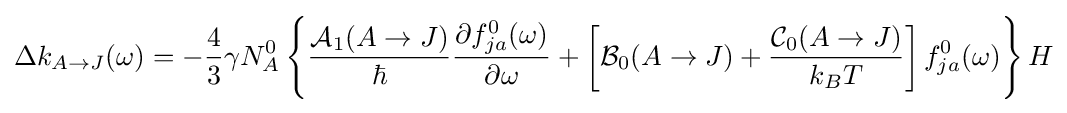
\Delta k_{A\to J}(\omega )=-{\frac {4}{3}}\gamma N_{A}^{0}\left\{{\frac {{\mathcal {A}}_{1}(A\to J)}{\hbar }}{\frac {\partial f_{ja}^{0}(\omega )}{\partial \omega }}+\left[{\mathcal {B}}_{0}(A\to J)+{\frac {{\mathcal {C}}_{0}(A\to J)}{k_{B}T}}\right]f_{ja}^{0}(\omega )\right\}H